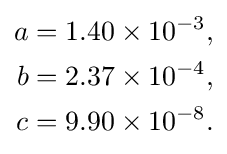
{\begin{aligned}a&=1.40\times 10^{-3},\\b&=2.37\times 10^{-4},\\c&=9.90\times 10^{-8}.\end{aligned}}